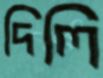
দিলি